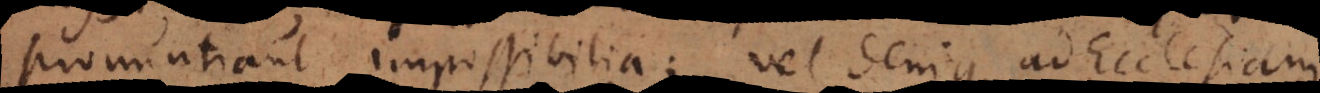
pronuntiant impossibilia; vel denique ad Ecclesiam